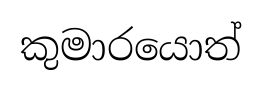
කුමාරයොත්